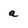
Character: a